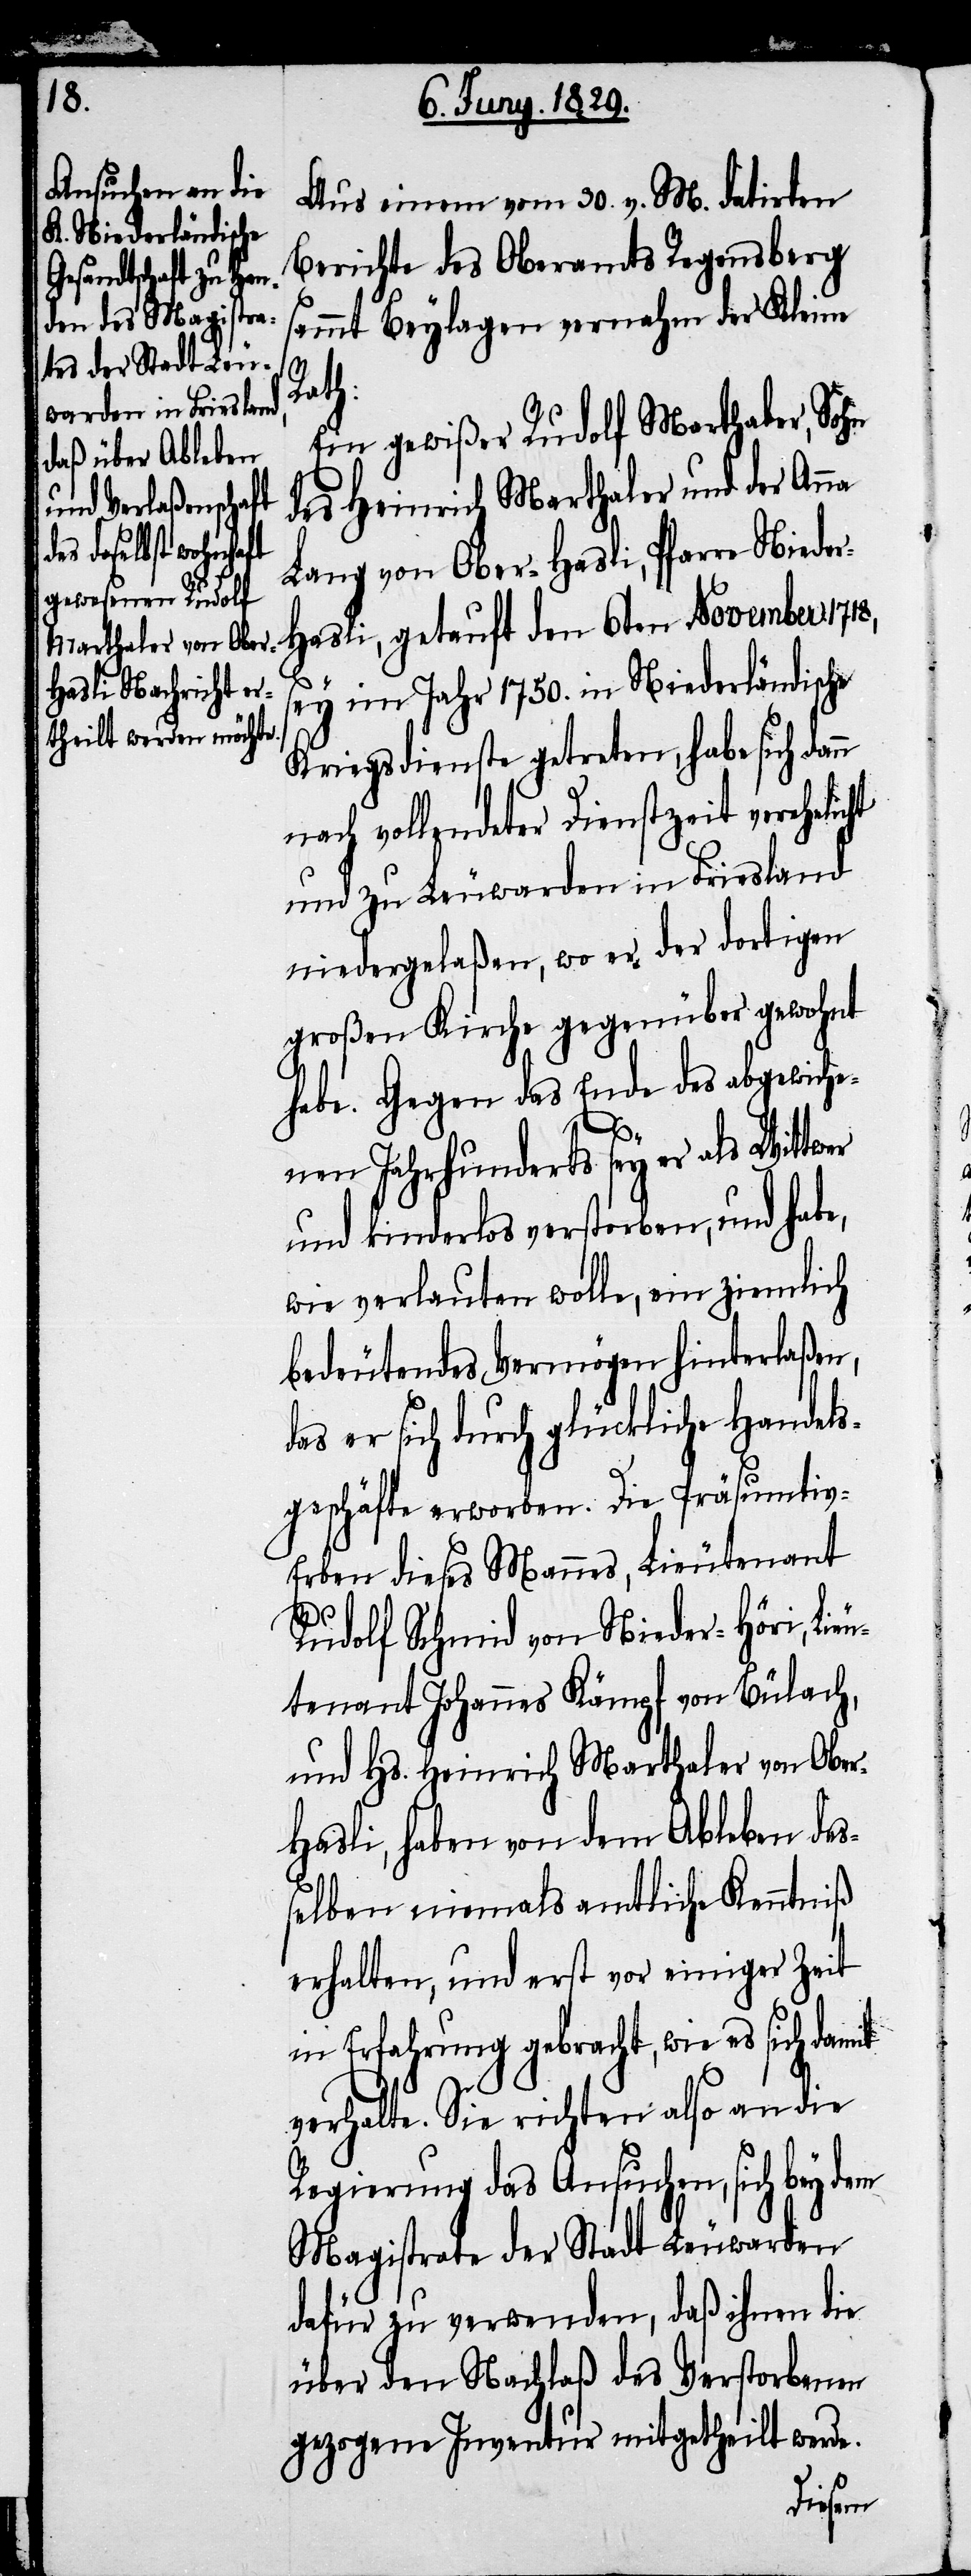
Aus einem vom 30. v. M. datirten
Berichte des Oberamts Regensberg
sammt Beylagen vernahm der Kleine
ht
Rath:
Ein gewißer Rudolf Marthaler, Sohn
des Heinrich Marthaler und der Anna
Lang von Ober-Hasli, Pfarre Niede¬
r-Hasli, getauft den 6ten November 1718,
sey im Jahr 1750. in Niederländische
Kriegsdienste getreten, habe sich dann
nach vollendeter Dienstzeit verehelic¬
und zu Leuwarden in Friesland
niedergelaßen, wo er der dortigen
großen Kirche gegenüber gewohnt
habe. Gegen das Ende des abgewiche¬
nen Jahrhunderts sey er als Wittwer
und kinderlos verstorben, und habe,
wie verlauten wolle, ein ziemlich
bedeutendes Vermögen hinterlaßen,
das er sich durch glückliche Handels¬
geschäfte erworben. Die Präsumtiv-E¬
rben dieses Mannes, Lieutenant
Rudolf Schmid von Nieder-Höri, Lieu¬
tenant Johannes Kämpf von Bülach,
und Hs. Heinrich Marthaler von Obe¬
r-Hasli, haben von dem Ableben des¬
selben niemals amtliche Kenntniß
erhalten, und erst vor einiger Zeit
in Erfahrung gebracht, wie es sich damit
verhalte. Sie richten also an die
Regierung das Ansuchen, sich bey dem
Magistrate der Stadt Leuwarden
dafür zu verwenden, daß ihnen die
über den Nachlaß des Verstorbenen
gezogene Inventur mitgetheilt werde.